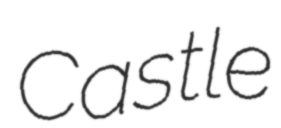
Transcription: Castle